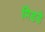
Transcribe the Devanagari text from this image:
मिडडे